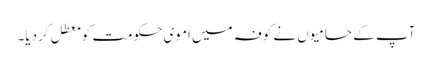
آپ کے حامیوں نے کوفہ میں اموی حکومت کو معطل کردیا۔